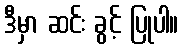
ဒီမှာ ဆင်း ခွင့် ပြုပါ။